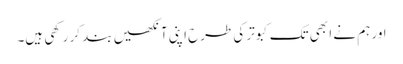
اور ہم نے ا بھی تک کبوتر کی طرح اپنی آنکھیں بند کر رکھی ہیں۔